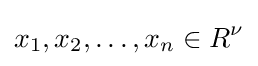
x_{1},x_{2},\ldots ,x_{n}\in R^{\nu }